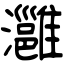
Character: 灉